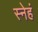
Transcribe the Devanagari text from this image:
स्नेहं